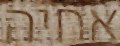
אחיה